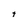
Character: t